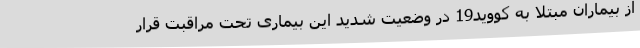
از بیماران مبتلا به کووید19 در وضعیت شدید این بیماری تحت مراقبت قرار